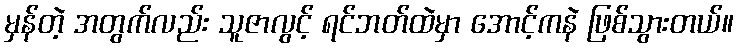
မှန်တဲ့ အတွက်လည်း သူဇာလွင့် ရင်ဘတ်ထဲမှာ အောင့်ကနဲ ဖြစ်သွားတယ်။